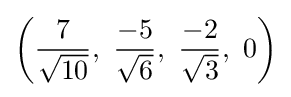
\left({\frac {7}{\sqrt {10}}},\ {\frac {-5}{\sqrt {6}}},\ {\frac {-2}{\sqrt {3}}},\ 0\right)